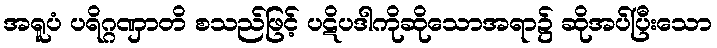
အရူပံ ပရိဂ္ဂဏှာတိ စသည်ဖြင့် ပဋိပဒါကိုဆိုသောအရာ၌ ဆိုအပ်ပြီးသော